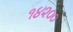
૧૪૨૦૦